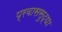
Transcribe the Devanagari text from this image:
प्रवाससुद्धा